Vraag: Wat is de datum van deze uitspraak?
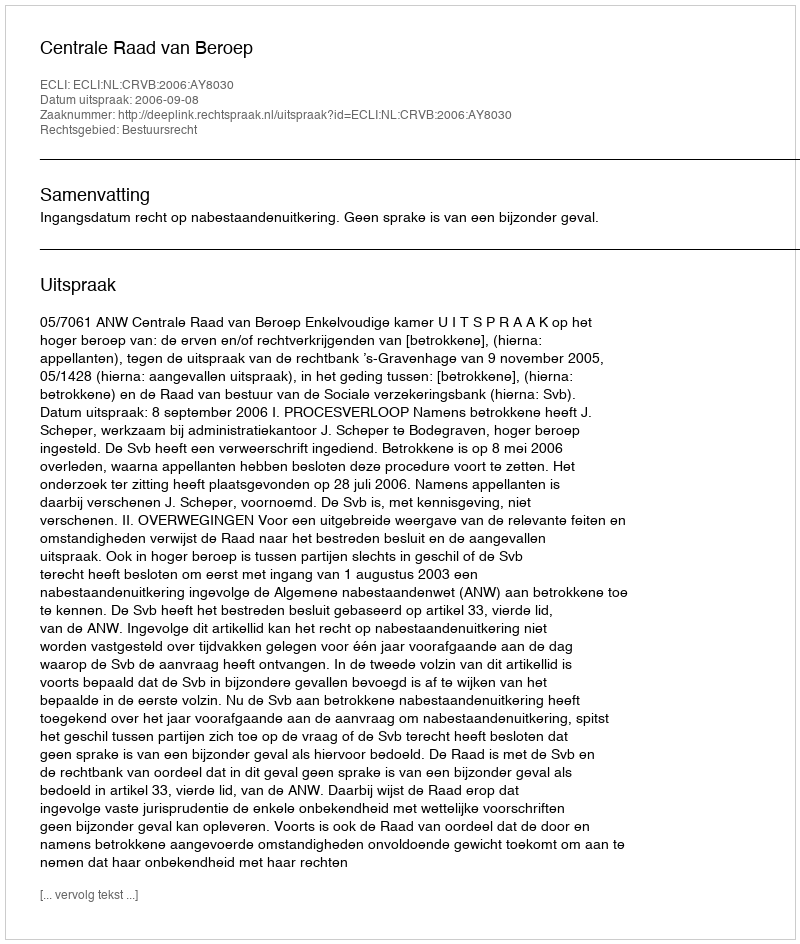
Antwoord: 2006-09-08